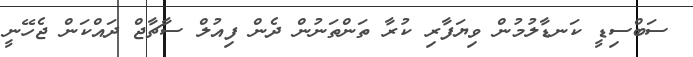
ސަބްސިޑީ ކަނޑާލުމުން ވިޔަފާރި ކުރާ ތަންތަނުން ދެން ފިއުލް ސާޗާޖް ދައްކަން ޖެހޭނީ